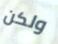
ولكن